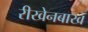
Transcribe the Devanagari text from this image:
रीखेनबाख